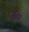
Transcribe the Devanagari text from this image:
पियरर